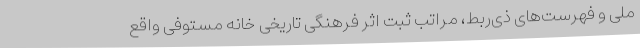
ملی و فهرست‌های ذی‌ربط، مراتب ثبت اثر فرهنگی تاریخی خانه مستوفی واقع